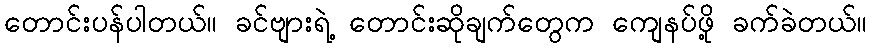
တောင်းပန်ပါတယ်။ ခင်ဗျားရဲ့ တောင်းဆိုချက်တွေက ကျေနပ်ဖို့ ခက်ခဲတယ်။